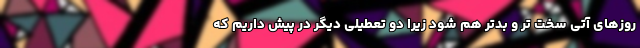
روزهای آتی سخت تر و بدتر هم شود زیرا دو تعطیلی دیگر در پیش داریم که